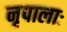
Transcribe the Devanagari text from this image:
नृपालाः